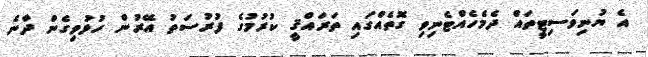
އެ ޔުނިވަސިޓީތައް ދެމެހެއްޓެނިވި ގޮތެއްގައި ތަރައްޤީ ކުރުމުގެ ފުރުސަތު އޭރުން ހުޅުވިގެން ދާނެ